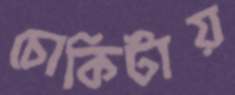
চোকিটায়